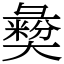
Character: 𢑱